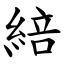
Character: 䋨